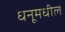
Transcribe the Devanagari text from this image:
धनूमधील